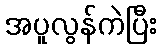
အပူလွန်ကဲပြီး